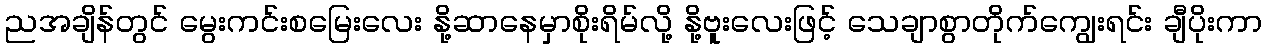
ညအချိန်တွင် မွေးကင်းစမြေးလေး နို့ဆာနေမှာစိုးရိမ်လို့ နို့ဗူးလေးဖြင့် သေချာစွာတိုက်ကျွေးရင်း ချီပိုးကာ